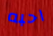
احبه